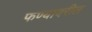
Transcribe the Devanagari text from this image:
फण्यावरील